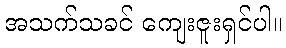
အသက်သခင် ကျေးဇူးရှင်ပါ။